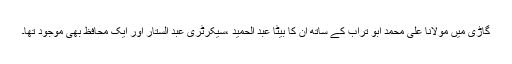
گاڑی میں مولانا علی محمد ابو تراب کے ساتھ ان کا بیٹا عبد الحمید ،سیکرٹری عبد الستار اور ایک محافظ بھی موجود تھا۔